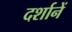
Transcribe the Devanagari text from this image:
दर्शानें